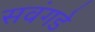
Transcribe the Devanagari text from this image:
सवंगडे